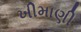
ખીમાણી